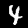
Label: 4